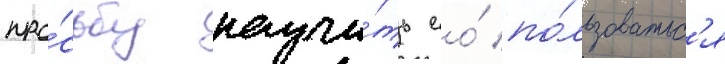
про́сьбу научи́ть ео́ по́льзоватьс'я